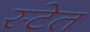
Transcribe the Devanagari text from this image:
स्टेत